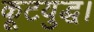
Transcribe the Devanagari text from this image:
कूटयुद्ध।